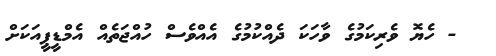
- ހެޔޮ ވެރިކަމުގެ ވާހަކަ ދެއްކުމުގެ އެއްވެސް ހުއްޖަތެއް އެމްޑީޕީއަކަށް